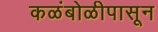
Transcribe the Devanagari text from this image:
कळंबोळीपासून